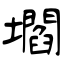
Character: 壛